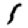
Digit: 1